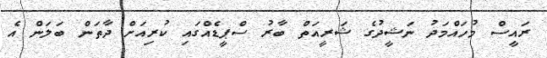
ރައީސް މުހައްމަދު ނަޝީދުގެ ޝަރީއަތް ބާރު ސްޕީޑެއްގައި ކުރިއަށް ދާތަން ބަލަން އެ